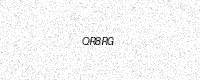
Text: QR8RG